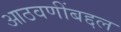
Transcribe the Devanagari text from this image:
आठवणींबद्दल